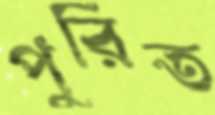
পুরিত